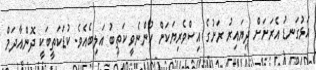
އަޅުގަނޑު އެރަށަށް ދިޔައިރު ރަށުގެ އިސްވެރިޔަކަށް ހުންނެވީ ކަތީބު އަލިބެއެވެ. ކުޑަކަތީބަކީ ދޮންއާދަމް